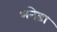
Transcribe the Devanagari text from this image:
भनेड़ा